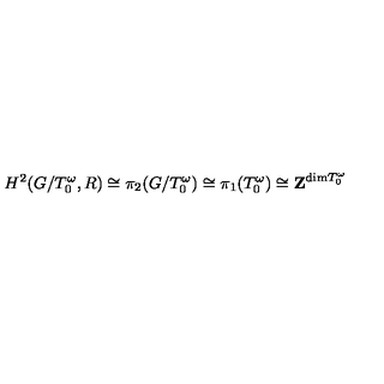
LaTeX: H ^ { 2 } ( G / T _ { 0 } ^ { \omega } , R ) \cong \pi _ { 2 } ( G / T _ { 0 } ^ { \omega } ) \cong \pi _ { 1 } ( T _ { 0 } ^ { \omega } ) \cong { \bf Z } ^ { \mathrm { d i m } T _ { 0 } ^ { \omega } }